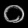
Digit: ၀